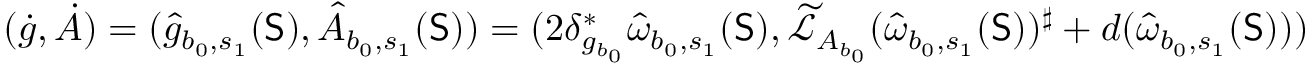
( \dot { g } , \dot { A } ) = ( \hat { g } _ { b _ { 0 } , s _ { 1 } } ( \mathsf { S } ) , \hat { A } _ { b _ { 0 } , s _ { 1 } } ( \mathsf { S } ) ) = ( 2 \delta _ { g _ { b _ { 0 } } } ^ { * } \hat { \omega } _ { b _ { 0 } , s _ { 1 } } ( \mathsf { S } ) , \widetilde { \mathcal { L } } _ { A _ { b _ { 0 } } } ( \hat { \omega } _ { b _ { 0 } , s _ { 1 } } ( \mathsf { S } ) ) ^ { \sharp } + d ( \hat { \omega } _ { b _ { 0 } , s _ { 1 } } ( \mathsf { S } ) ) )